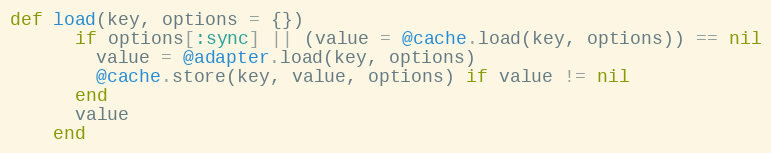
Language: Ruby
def load(key, options = {})
      if options[:sync] || (value = @cache.load(key, options)) == nil
        value = @adapter.load(key, options)
        @cache.store(key, value, options) if value != nil
      end
      value
    end